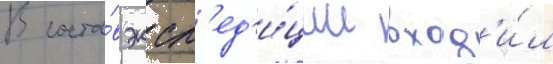
В соста́в эксп'ед'и́ции вход'и́л